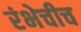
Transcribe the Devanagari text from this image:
रंभेचीच